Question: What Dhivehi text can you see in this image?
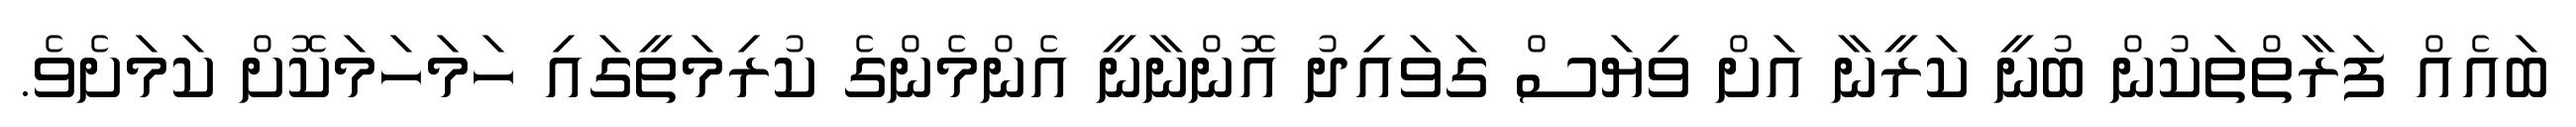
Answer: ބައެއް ފަރާތްތަކުން ބުނީ ކަރީނާ އަށް ވިޔަސް ގަވައިދު އޮންނާނީ އެންމެންގެ ކުރިމަތީގައި ހަމަހަމަކޮށް ކަމަށެވެ.